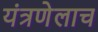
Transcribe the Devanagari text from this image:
यंत्रणेलाच